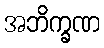
အဘိက္ခဏ